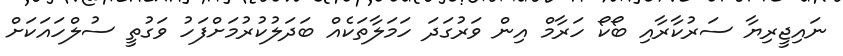
ނައިޖީރިޔާ ސަރުކާރާއި ބޯކޯ ހަރާމް އިން ވަރުގަދަ ހަމަލާތަކެއް ބަދަލުކުރުމަށްފަހު ވަގުތީ ސުލްހައަކަށް